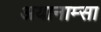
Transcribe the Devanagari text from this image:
अयानाम्सा